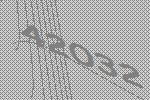
42032